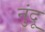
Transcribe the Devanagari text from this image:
नुंदू